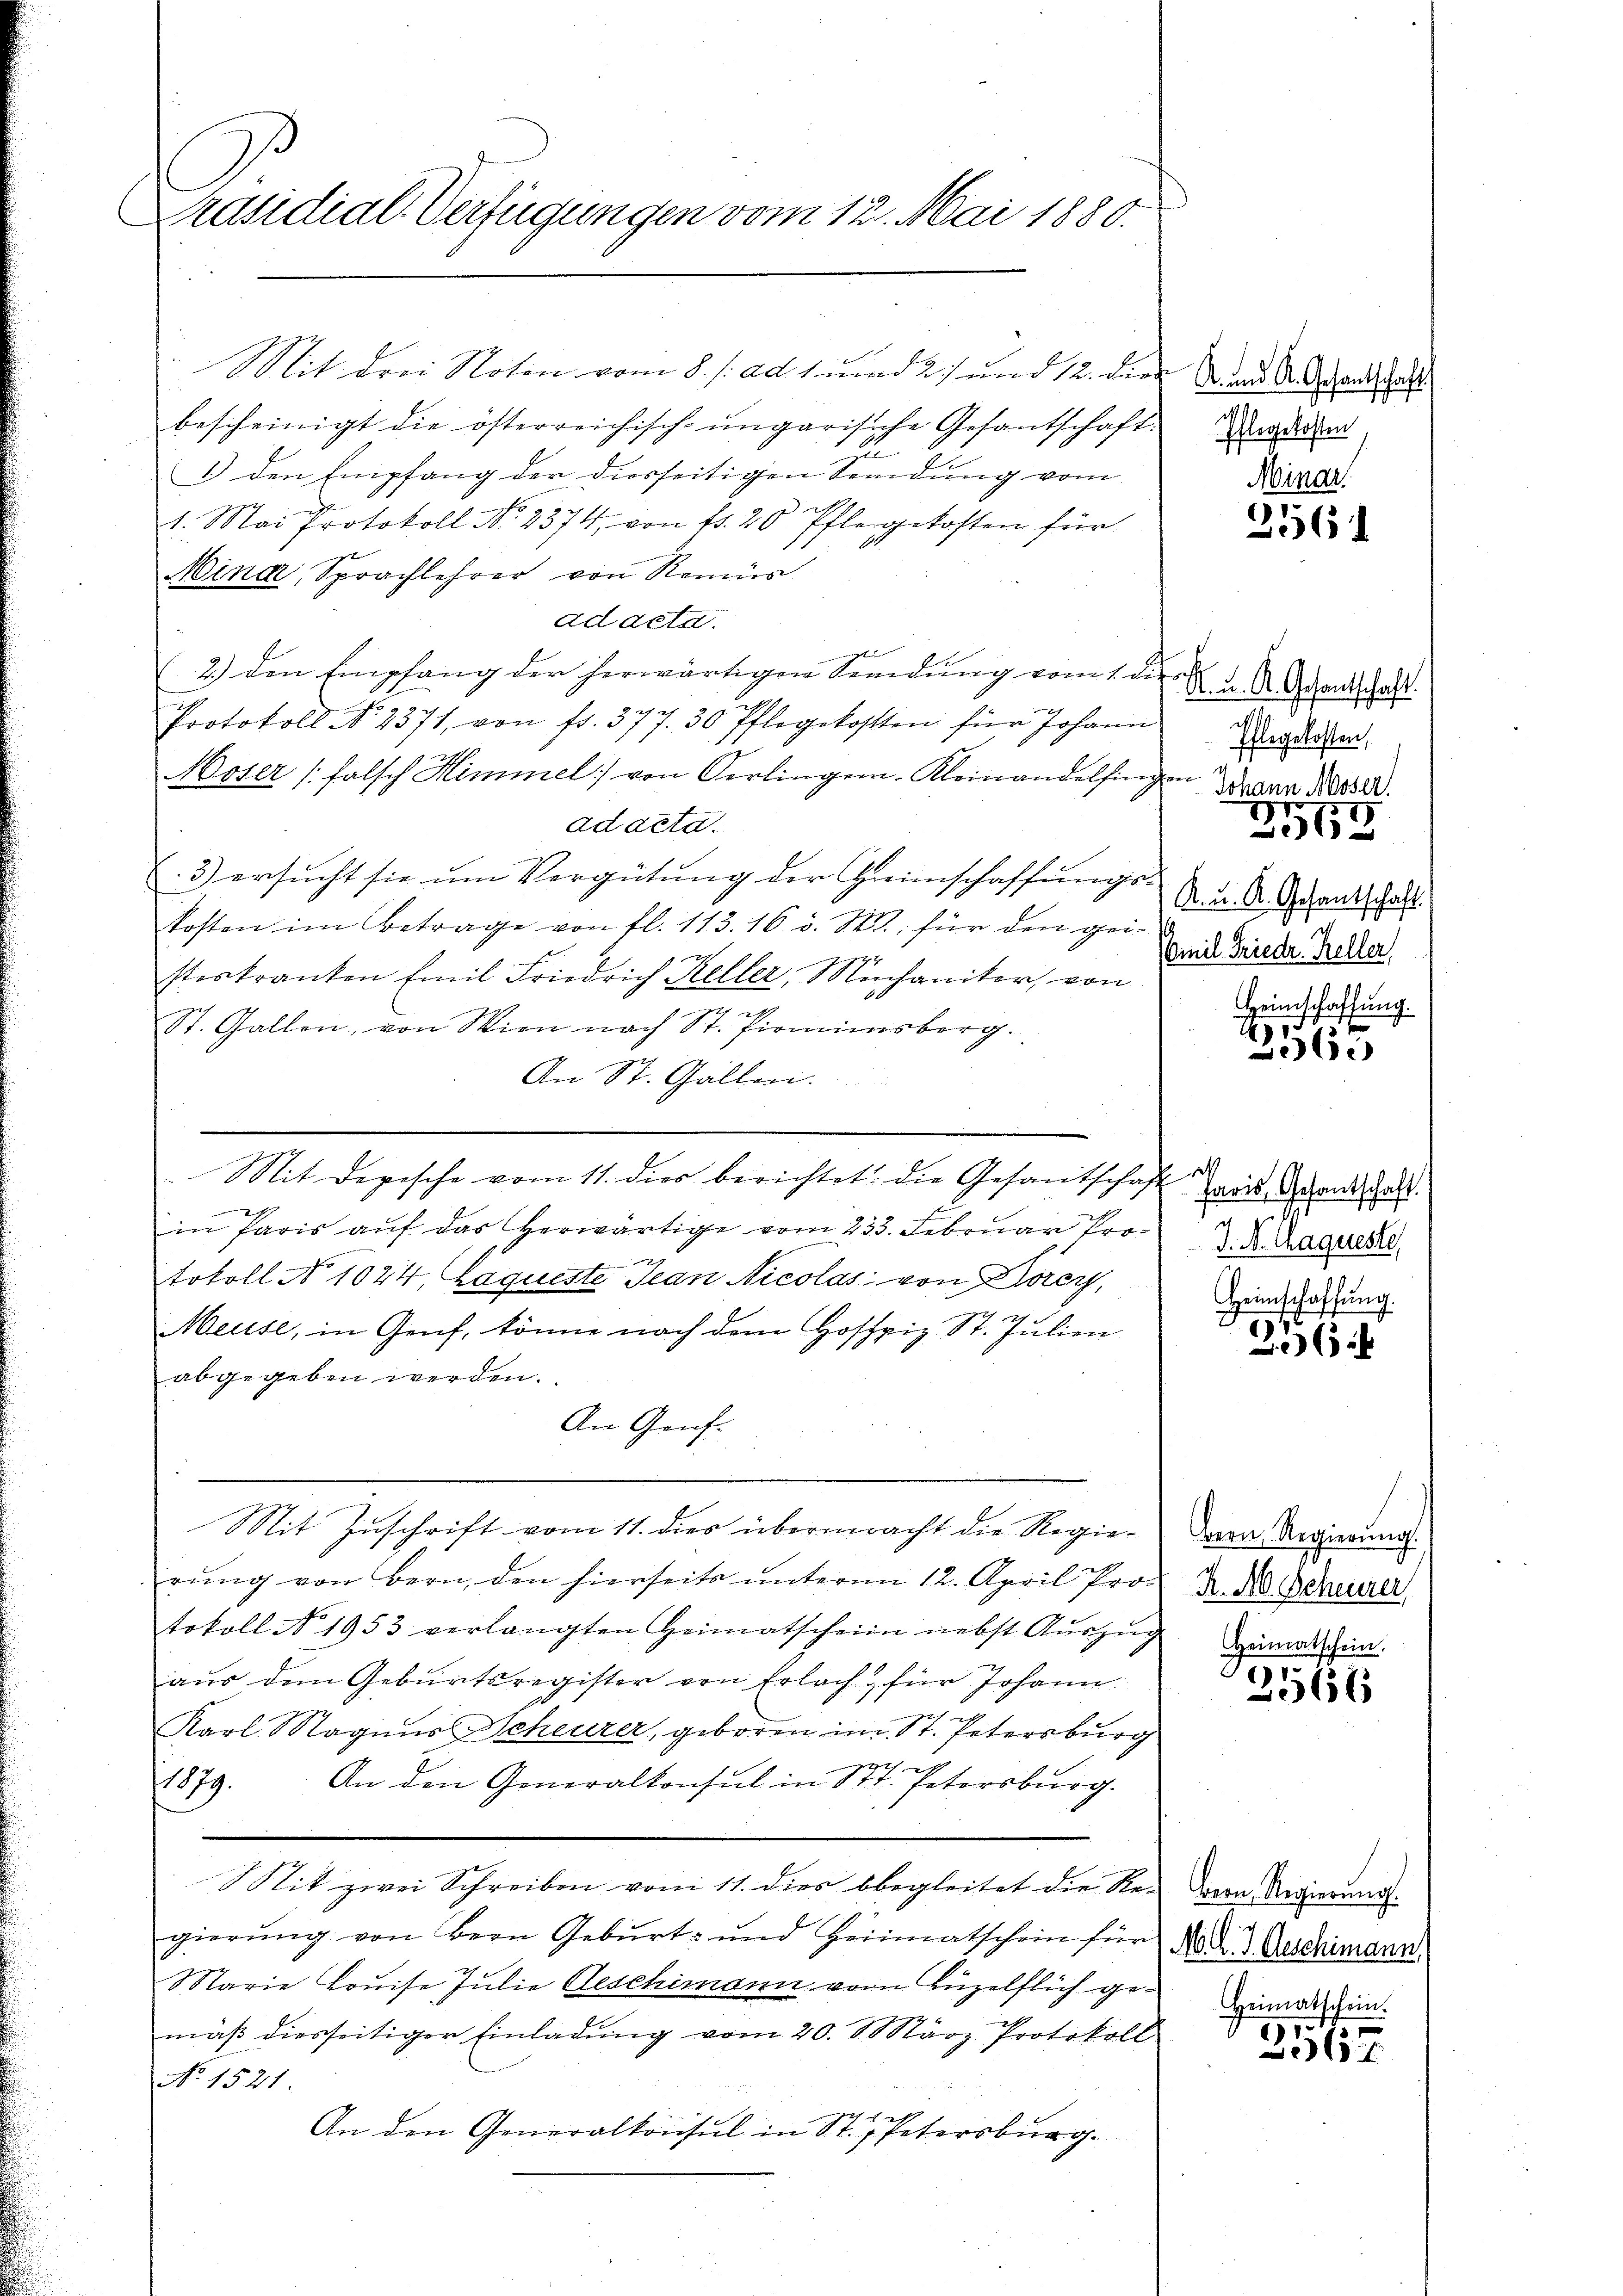
Präsidial-Verfügungen vom 12. Mai 1880.

Mit drei Noten vom 8. /: ad 1. und 2) und 12. der
bescheinigt die österreichisch-ungarische Gesantschaft.
2
1.) den Empfang der diesseitigen Sendung vom
hr
1
1. Mai Protokoll 30. 2374, von 15. 20. Pflegekosten für
Mina Sprachlehrer von Remis
ad acta.
2.) den Empfang der herwärtigen Sendung vom 1. d.
h
Protokoll N. 2371, von fr. 377. 30 Pflegekosten für Johann
Moser (falsch Himmel von Oerlingen-Kleinandelfing
ad acta.
3) ersucht sie um Vergütung der Geimschaffungskosten im Betrage von fl. 113. 16 v. M., für den geisteskranten Emil Friedrich Keller, Mechaniker, von
e
St. Gallen, von Wien nach St. Pirminsberg.
An St. Gallen.
e
Mit Depesche vom 11. dies berichtet: die Gesantschaft de
in Paris aŭf das herwärtige vom 233. Februar Pro. 2. d. Cagueste
tokoll No 1024, laqueste Jean Nicolas von Dörey,
Meuse, in Genf, könne nach dem Hoffpiz St. Julien
abgegeben werden.
An Genf.
Mit Zuschrift vom 11. dies übermacht die Regierŭng von Bern, den hierseits ŭnterm 12. April Pro. 2. d. Scheurer
tokoll No 1953 verlangten Heimatschein nebst Aŭszŭg
aus dem Geburtsregister von Erlach, für Johann
Karl. Magnus Scheurer, geboren im St. Petersburg
An den Generalkonsul in St. Petersburg.
1879.
Mit zwei Schreiben vom 11. dies begleitet die Regierung von Bern Geburt und Heimatschein für
Marie Louise Julie Geschimann von Luzelflich gemäβ diesseitiger Einladŭng vom 20. März Protokoll
No 1521.
An den Generalkonsul in St. Petersburg.

A. und K. Gesantschaft.
 Pflegekosten,
Ninar.

2561

. u. K. Gesandtschaft.
Ihlegekosten,
hrer
Johann Moser
.
368
K. u. K. Gesantschaft
Amil Friedr. Keller
Heimschaffung.

.
236.

faris, Gesantschaft.
Heinschaffung

6

Bern Regierung.
Heimatschein.

2566

Bern Regierung.
Mil. J. Geschimann,
Heimatschein.

1.
2562